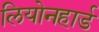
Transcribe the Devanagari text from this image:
लियोनहार्ड